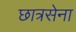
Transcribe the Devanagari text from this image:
छात्रसेना